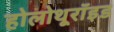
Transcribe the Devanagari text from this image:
होलोथूरॉइड